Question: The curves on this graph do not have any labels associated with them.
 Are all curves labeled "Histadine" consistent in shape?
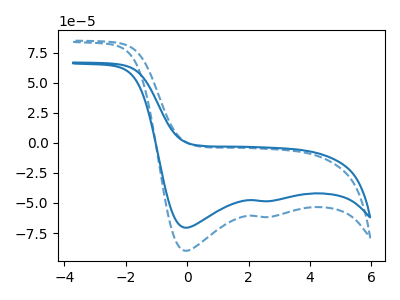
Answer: <think>The blue curve "blue" has cathodic peaks at (-0.05V, -70.55uA) (2.70V, -48.50uA). The blue dashed curve "blue dashed" has cathodic peaks at (-0.05V, -89.75uA) (2.70V, -61.65uA).
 All the peaks in "blue" have a peak in "blue dashed" at the same potential. Every peak in "blue" is lower than every peak in "blue dashed".</think>
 <answer>All the CV's of "Histadine" have similar shape.</answer>
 <eval>follow_rule</eval>